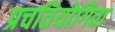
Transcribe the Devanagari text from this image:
प्रचतियोगिता